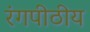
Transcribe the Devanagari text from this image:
रंगपीठीय